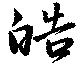
皓